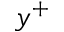
y ^ { + }